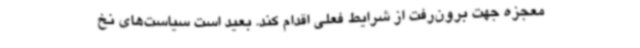
معجزه جهت برون‌رفت از شرایط فعلی اقدام کند. بعید است سیاست‌های نخ